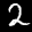
Label: 2